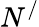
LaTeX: N^{/}